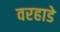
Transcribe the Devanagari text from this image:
वरहाडे